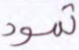
ثمود